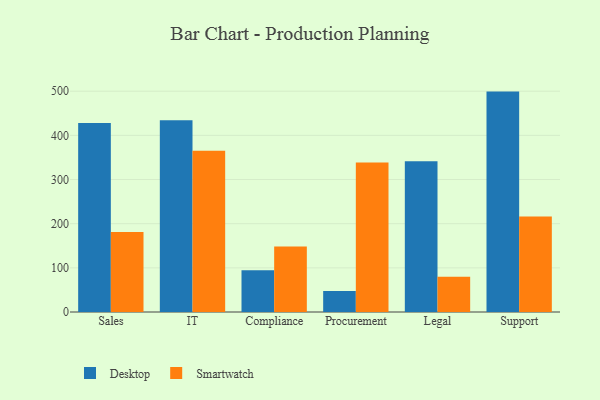
{"axis": {"x": "Department", "y": "Inventory Turnover"}, "legend": ["Desktop", "Smartwatch"], "data": [{"x": "Sales", "y": 427.8, "type": "Desktop"}, {"x": "Sales", "y": 181.1, "type": "Smartwatch"}, {"x": "IT", "y": 434.3, "type": "Desktop"}, {"x": "IT", "y": 364.9, "type": "Smartwatch"}, {"x": "Compliance", "y": 94.3, "type": "Desktop"}, {"x": "Compliance", "y": 148.2, "type": "Smartwatch"}, {"x": "Procurement", "y": 47.3, "type": "Desktop"}, {"x": "Procurement", "y": 338.6, "type": "Smartwatch"}, {"x": "Legal", "y": 341.3, "type": "Desktop"}, {"x": "Legal", "y": 79.9, "type": "Smartwatch"}, {"x": "Support", "y": 499.1, "type": "Desktop"}, {"x": "Support", "y": 216.3, "type": "Smartwatch"}]}